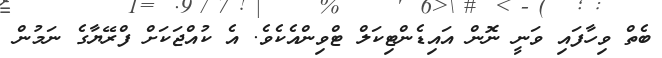
ބެތް ވިހާފައި ވަނީ ނޮން އައިޑެންޓިކަލް ޓްވިންއެކެވެ. އެ ކުއްޖަކަށް ފްރޭޔާގެ ނަމުން